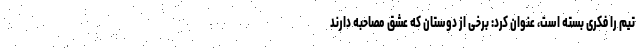
تیم را فکری بسته است، عنوان کرد: برخی از دوستان که عشق مصاحبه دارند